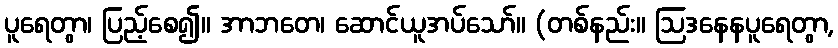
ပူရေတွာ၊ ပြည့်စေ၍။ အာဘတေ၊ ဆောင်ယူအပ်သော်။ (တစ်နည်း။ ဩဒနေနပူရေတွာ,